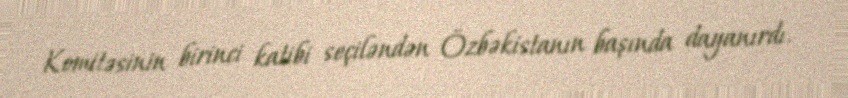
Komitəsinin birinci katibi seçiləndən Özbəkistanın başında dayanırdı.